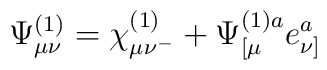
\Psi_{\mu\nu}^{(1)}=    \chi_{\mu\nu^-}^{(1)}+\Psi^{(1)a}_{[\mu} e^a_{\nu]}